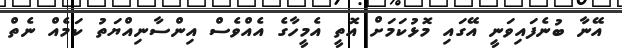
އޭނާ ބުނެފައިވަނީ އޭގައި މޮޅުކަމަށް އޮތީ އެމީހާގެ އެއްވެސް އިންސާނިއްޔަތު ކަމެއް ނެތް